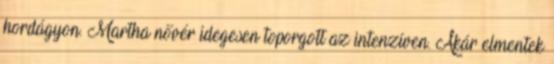
hordágyon. Martha nővér idegesen toporgott az intenzíven. Akár elmentek